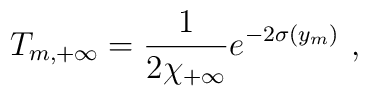
T_{m, +\infty} = {1 \over\displaystyle {2 \chi_{+\infty}}} e^{-2 \sigma (y_{m})} ~,~ \,